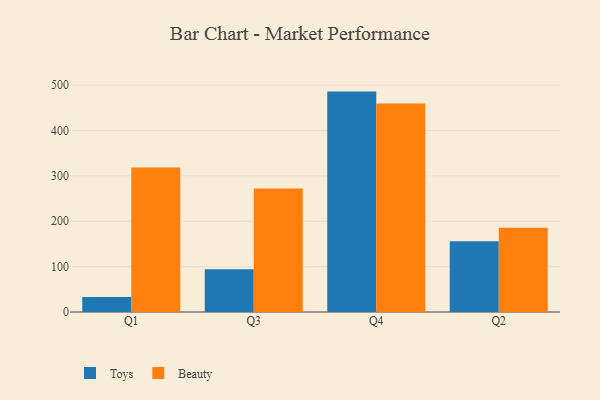
{"axis": {"x": "Quarter", "y": "Production Output"}, "legend": ["Beauty", "Toys"], "data": [{"x": "Q1", "y": 32.9, "type": "Toys"}, {"x": "Q1", "y": 318.3, "type": "Beauty"}, {"x": "Q3", "y": 94.2, "type": "Toys"}, {"x": "Q3", "y": 272.5, "type": "Beauty"}, {"x": "Q4", "y": 485.9, "type": "Toys"}, {"x": "Q4", "y": 459.8, "type": "Beauty"}, {"x": "Q2", "y": 155.8, "type": "Toys"}, {"x": "Q2", "y": 186.0, "type": "Beauty"}]}